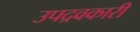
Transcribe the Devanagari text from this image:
उपद्रवकारी